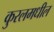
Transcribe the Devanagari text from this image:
कुरलमधील